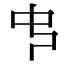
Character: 𠁧